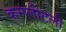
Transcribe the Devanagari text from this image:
कम्प्लीटली